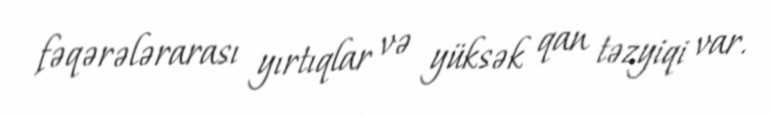
fəqərələrarası yırtıqlar və yüksək qan təzyiqi var.